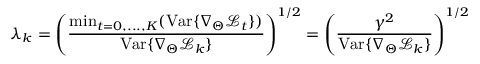
\lambda _ { k } = \left( \frac { \mathrm { m i n } _ { t = 0 , . . . , K } ( \mathrm { V a r } \{ \nabla _ { \Theta } \mathcal { L } _ { t } \} ) } { \mathrm { V a r } \{ \nabla _ { \Theta } \mathcal { L } _ { k } \} } \right) ^ { 1 / 2 } = \left( \frac { \gamma ^ { 2 } } { \mathrm { V a r } \{ \nabla _ { \Theta } \mathcal { L } _ { k } \} } \right) ^ { 1 / 2 }